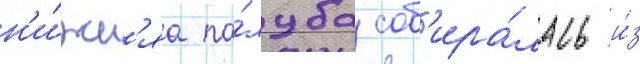
н'и́жн'яа па́луба соб'ира́лась и́з